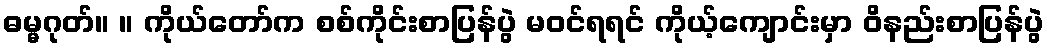
ဓမ္မဂုတ်။ ။ ကိုယ်တော်က စစ်ကိုင်းစာပြန်ပွဲ မဝင်ရရင် ကိုယ့်ကျောင်းမှာ ဝိနည်းစာပြန်ပွဲ